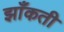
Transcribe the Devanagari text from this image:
झाँकती